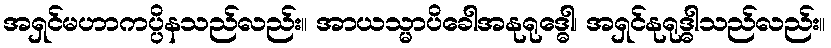
အရှင်မဟာကပ္ပိနသည်လည်း။ အာယသ္မာပိခေါအနုရုဒ္ဓေါ၊ အရှင်နုရုဒ္ဓါသည်လည်း။